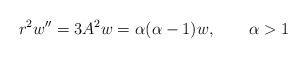
\begin{align*}r^2 w'' = 3A^2w = \alpha (\alpha - 1) w , \qquad \alpha >1 \end{align*}